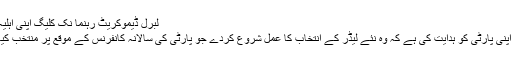
لبرل ڈیموکریٹ رہنما نِک کلیگ اپنی اہلیہ کے ساتھ
انہوں نے اپنی پارٹی کو ہدایت کی ہے کہ وہ نئے لیڈر کے انتخاب کا عمل شروع کردے جو پارٹی کی سالانہ کانفرنس کے موقع پر منتخب کیا جائے گا۔